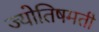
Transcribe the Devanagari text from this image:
ज्योतिषमती